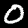
Digit: 0